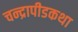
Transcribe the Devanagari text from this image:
चन्द्रापीडकथा